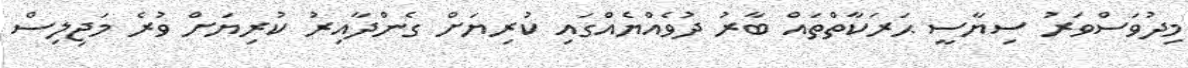
މިދުވަސްވަރު ސިޔާސީ ޙަރަކާތްތައް ބާރު ދުވެއްޔެއްގައި ކުރިޔަށް ގެންދާއިރު ކުރިޔަށް ވުރެ މަޖިލިސް